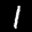
Label: 1